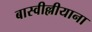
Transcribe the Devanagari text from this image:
बास्वील्लीयाना